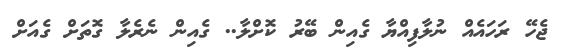
ޖެހޭ ރަހައެއް ނުލާފިއްޔާ ގެއިން ބޭރު ކޮށްލާ.. ގެއިން ނެރެލާ ގޮތަށް ގެއަށް